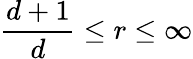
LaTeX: \frac{d+1}{d}\leq r\leq\infty